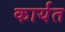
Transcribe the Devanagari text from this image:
कार्यत